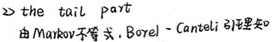
$ \gg$ the tail part

由Markov不等式, Borel - Cantelli引理知